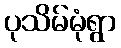
ပုသိမ်မုံရွာ